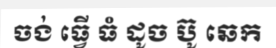
ចង់ ធ្វើ ធំ ដូច ប៊ូ ឆេក